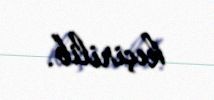
keçirilib.